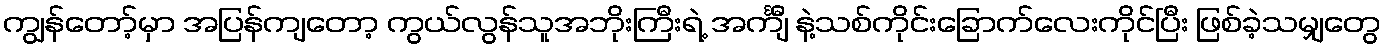
ကျွန်တော့်မှာ အပြန်ကျတော့ ကွယ်လွန်သူအဘိုးကြီးရဲ့ အင်္ကျီ နဲ့သစ်ကိုင်းခြောက်လေးကိုင်ပြီး ဖြစ်ခဲ့သမျှတွေ